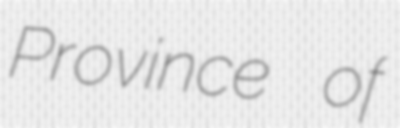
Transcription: Province of